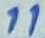
Text: 11